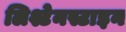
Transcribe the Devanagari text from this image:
लिश्टेनस्टाइन